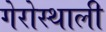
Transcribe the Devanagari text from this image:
गेरोस्थाली